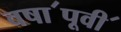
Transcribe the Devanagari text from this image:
वषा॔पूवी॔